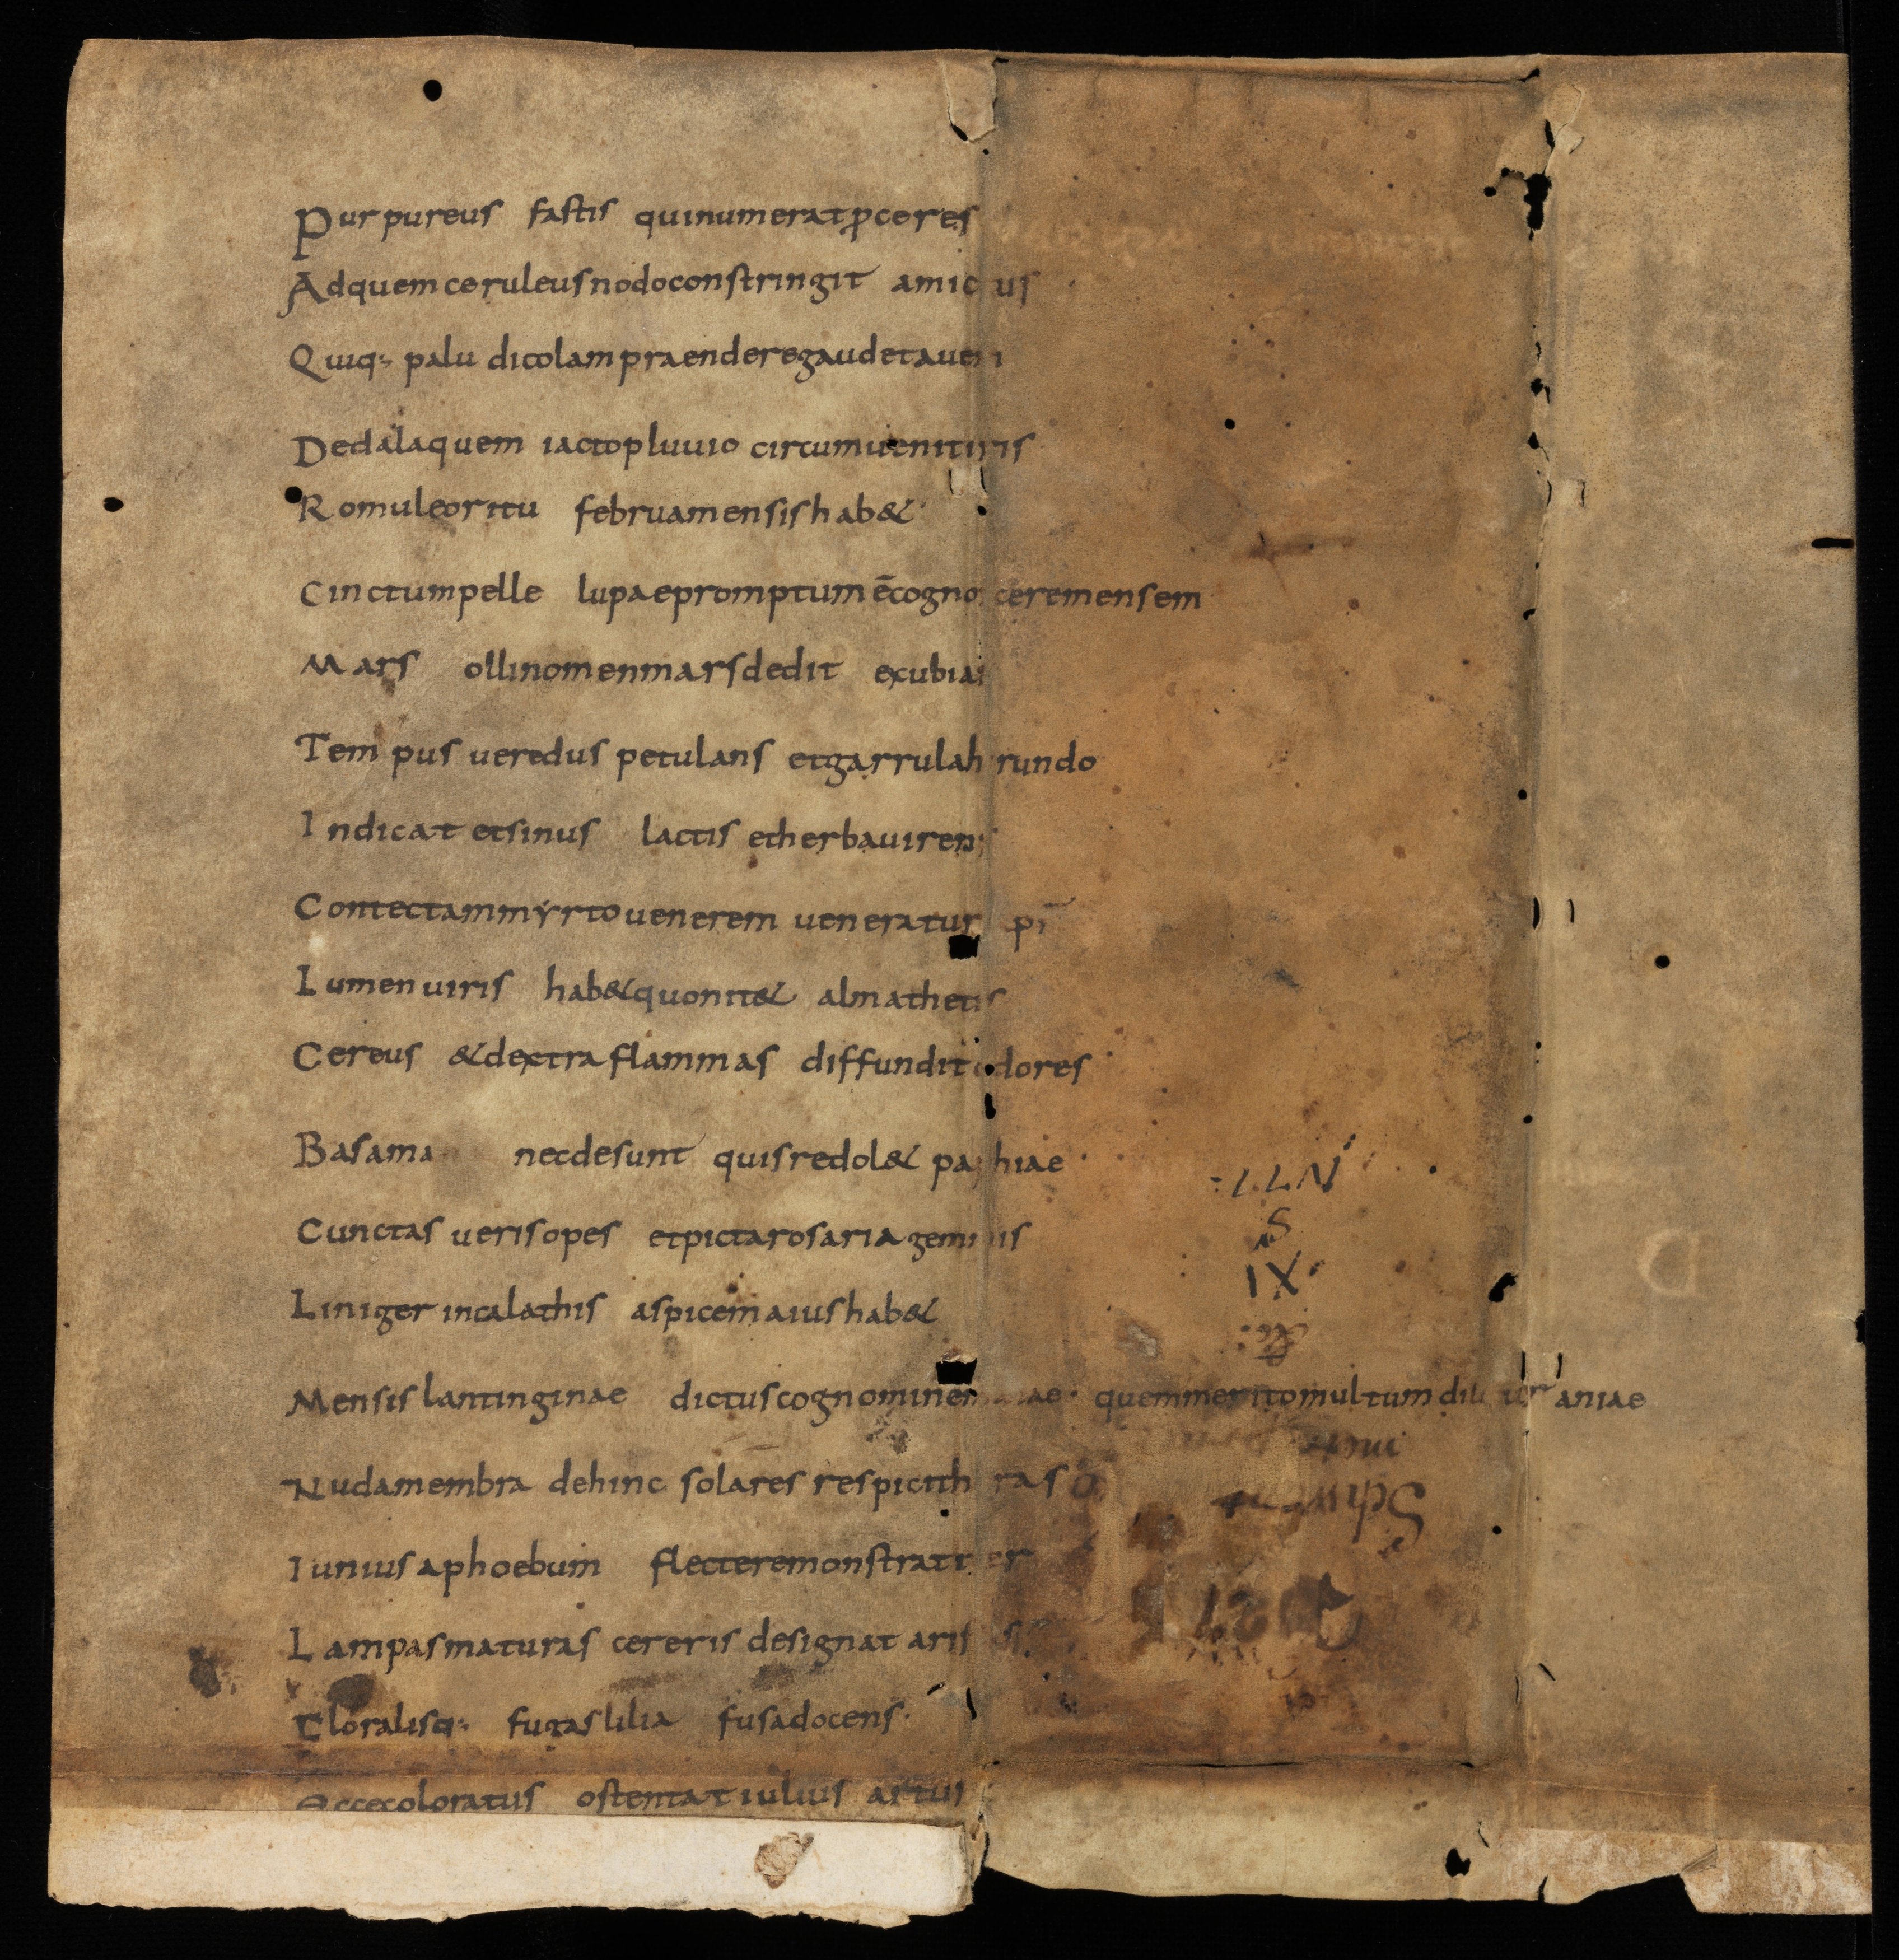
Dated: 825–849